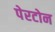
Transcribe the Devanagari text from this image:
पेरटोन